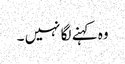
وہ کہنے لگا نہیں ۔